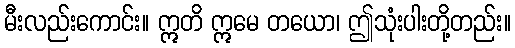
မီးလည်းကောင်း။ ဣတိ ဣမေ တယော၊ ဤသုံးပါးတို့တည်း။